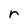
Character: r